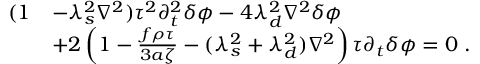
\begin{array} { r l } { ( 1 } & { - \lambda _ { s } ^ { 2 } \nabla ^ { 2 } ) \tau ^ { 2 } \partial _ { t } ^ { 2 } \delta \phi - 4 \lambda _ { d } ^ { 2 } \nabla ^ { 2 } \delta \phi } \\ & { + 2 \left( 1 - \frac { f \rho \tau } { 3 a \zeta } - ( \lambda _ { s } ^ { 2 } + \lambda _ { d } ^ { 2 } ) \nabla ^ { 2 } \right) \tau \partial _ { t } \delta \phi = 0 \; . } \end{array}